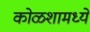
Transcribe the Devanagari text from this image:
कोळशामध्ये